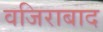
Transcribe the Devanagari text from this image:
वजिराबाद